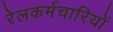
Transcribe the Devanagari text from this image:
रेलकर्मचारियों